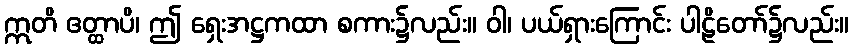
ဣတိ ဧတ္ထာပိ၊ ဤ ရှေးအဋ္ဌကထာ စကား၌လည်း။ ဝါ၊ ပယ်ရှားကြောင်း ပါဠိတော်၌လည်း။